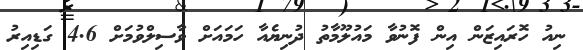
ނިއު ހޮރައިޒަން އިން ފޮނުވާ މައުލޫމާތު ދުނިޔެއާ ހަަމައަށް ވާސިލްވުމަށް 4.6 ގަޑިއިރު